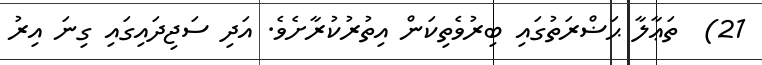
21)  ތަޢާލާ ޙަޟްރަތުގައި ބިރުވެތިކަން އިތުރުކުރާށެވެ. އަދި ސަޖިދައިގައި ގިނަ އިރު